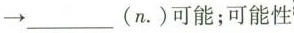
→___(n.)可能；可能性